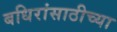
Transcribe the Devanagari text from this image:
बधिरांसाठीच्या